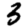
Digit: 3